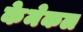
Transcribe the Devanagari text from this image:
केमेकल